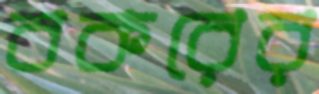
বকরের